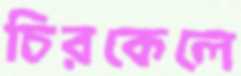
চিরকেলে